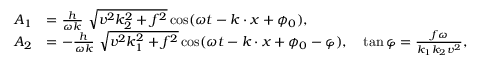
\begin{array} { r l } { A _ { 1 } } & { = \frac { h } { \omega k } \ { \sqrt { v ^ { 2 } k _ { 2 } ^ { 2 } + f ^ { 2 } } } \cos ( \omega t - k \cdot x + \phi _ { 0 } ) , \ } \\ { A _ { 2 } } & { = - \frac { h } { \omega k } \ { \sqrt { v ^ { 2 } k _ { 1 } ^ { 2 } + f ^ { 2 } } } \cos ( \omega t - k \cdot x + \phi _ { 0 } - \varphi ) , \quad \tan \varphi = \frac { f \omega } { k _ { 1 } k _ { 2 } v ^ { 2 } } , } \end{array}